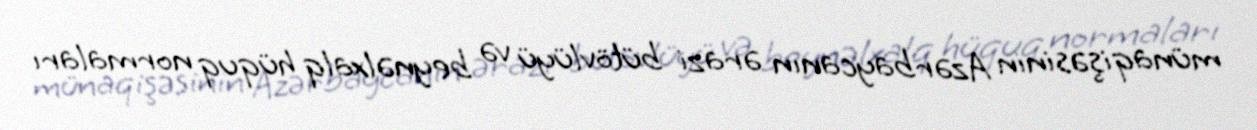
münaqişəsinin Azərbaycanın ərazi bütövlüyü və beynəlxalq hüquq normaları